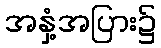
အနှံ့အပြား၌